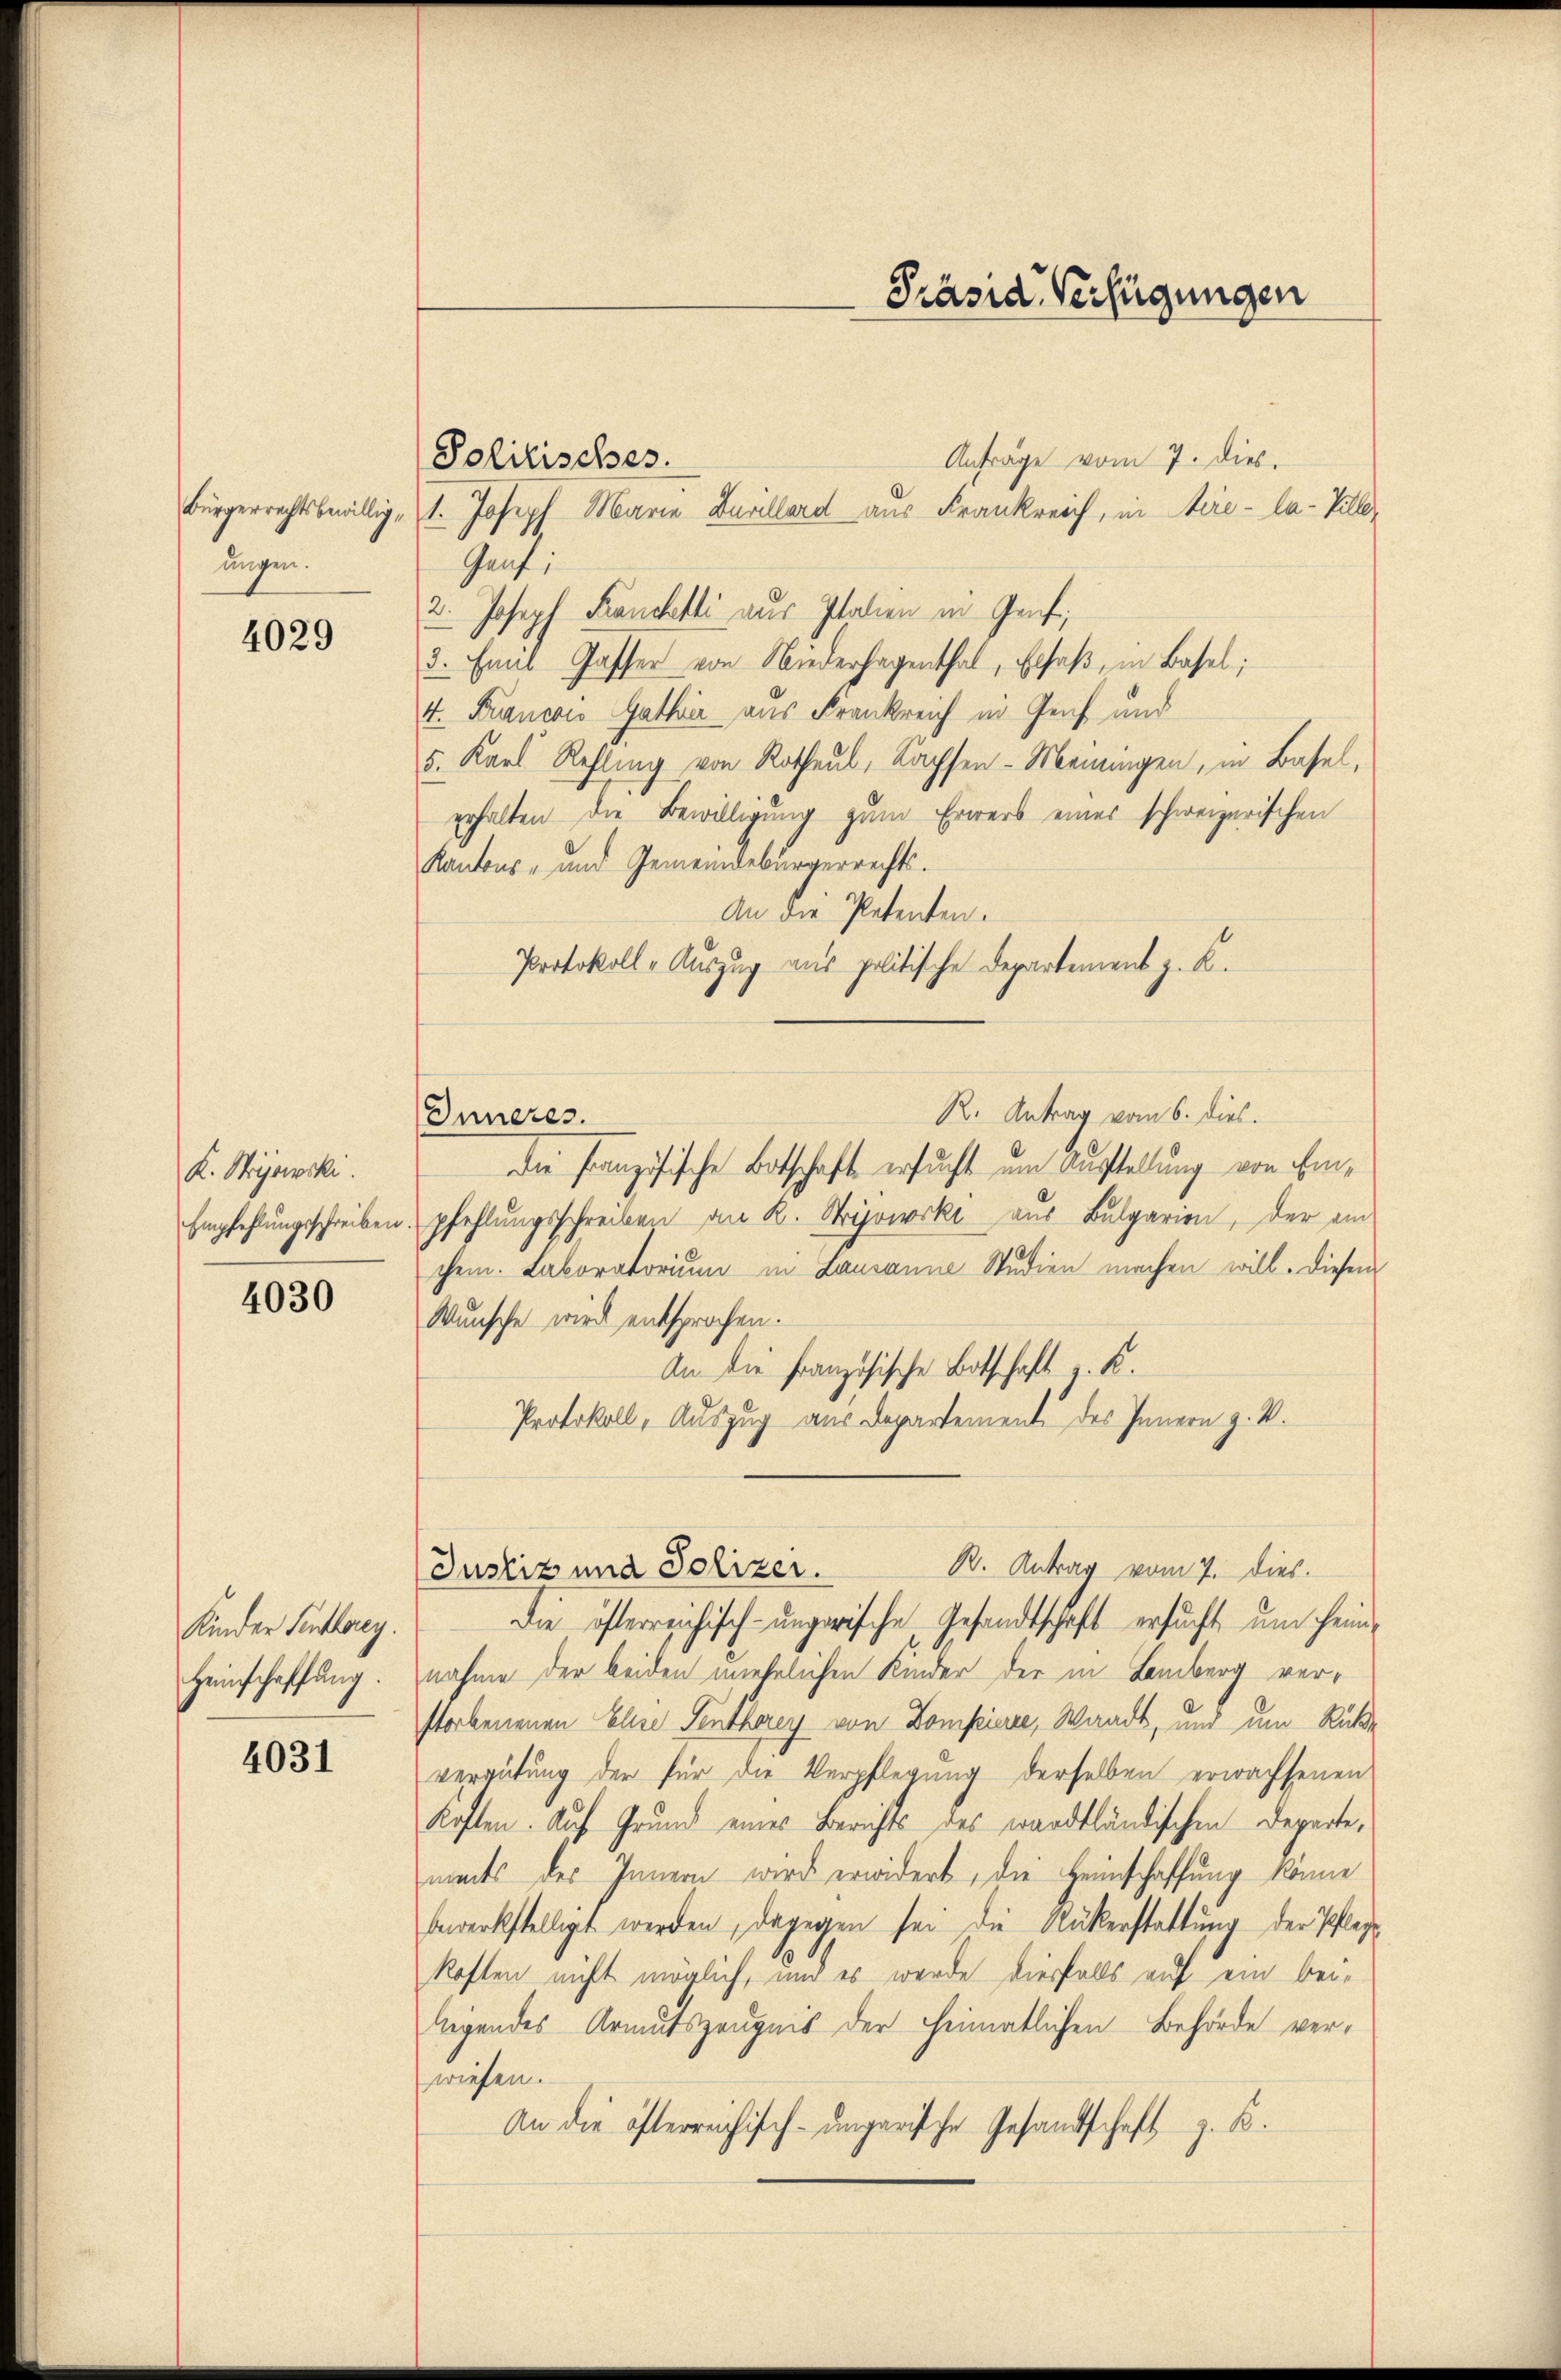
ungen.

4029

K. Stryjowski.

4030

Kinder Senthoren.
Heinschaffung.

4031

Politisches.
Anfrage vom 7. dies.
bürgerrechtsbewillig, 1. Joseph Marie Burillard aus Frankreich, in Aire-la-Ville
Gent:
2. Joseph Franchetti aus Italien in Graf
3. Emil Gasser von Niederhagenthal, Elsaß, in Basel;
4. Francois Gathia aus Frankreich in Genf und
5. Karl Refling von Rotheul, Kachsen-Meiningen, in Basel,
erhalten die Bewilligung zum Erwerb eines schweizerischen
Kantons- und Gemeindebürgerrechts.
An die Petenten.
Protokoll-Auszug aus politische Departement z. K.
R. Antrag vom 6. dies.
Inneres
Die Französische Botschaft ersucht um Ausstellung von Ein¬
Empfehlungsschreiben, pfehlungsschreiben an K. Mijowerke aus Bulgarien, der ein
chem. Laboratorium in Lausanne Studien machen will. Diesem
Wunsche wird entsprochen.
An die französische Botschaft v. K.
Protokoll, Auszug aus Departement des Innern z. B.
Justiz una Polizer. B. Antrag vom 7. dies
Die öfterreichisch-ungarische Gesandtschaft ersucht, um heimnahme der beiden unehelichen Kinder der in Lemberg verstorbenenen Elise Senthorey von Dompieree, Waadt, und um Rücke
vergütung der für die Verpflegung derselben erwachsenen
Koften. Auf Grund eines Berichts des wardtländischen Departe,
meits des Innern wird erwidert, die Heimschaffung könne
bewerkstelligt werden, dagegen sei die Rükerstattung der Pflege
kosten nicht möglich, und es werde diesfalls auf ein bei-
liegendes Armutszeugnis der heimatlichen Behörde verwiesen.
An die öfterreichisch-ungarische Gesandtschaft z. B.

Präsid. Verfügungen